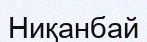
Ниқанбай